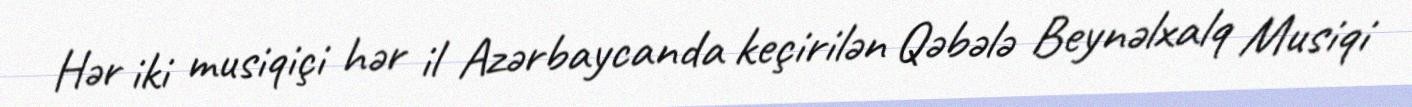
Hər iki musiqiçi hər il Azərbaycanda keçirilən Qəbələ Beynəlxalq Musiqi